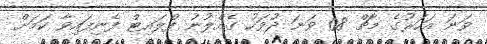
ވަނަ އަހަރުގެ މާޗް 08 ވަނަ ދުވަހު ގެއްލުނު ފްލައިޓް ފެނިފައިވާ ކަމަށް